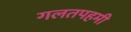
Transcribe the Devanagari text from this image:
गलतपहमी